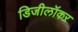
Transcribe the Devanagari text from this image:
डिजीलॉकर